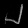
Digit: ၂